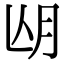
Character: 𣍢